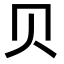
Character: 贝